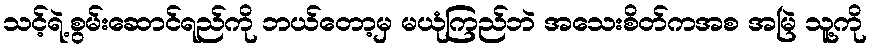
သင့်ရဲ့စွမ်းဆောင်ရည်ကို ဘယ်တော့မှ မယုံကြည်ဘဲ အသေးစိတ်ကအစ အမြဲ သူ့ကို